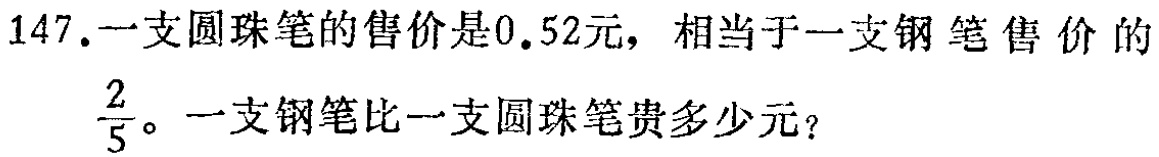
147.一支圆珠笔的售价是0.52元，相当于一支钢笔售价的$\frac{2}{5}$。一支钢笔比一支圆珠笔贵多少元？